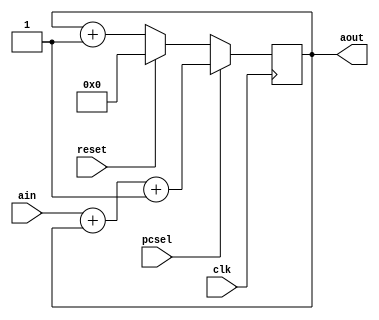
module pclogic(clk, reset, ain, aout, pcsel);

input reset;
input clk;
input [31:0] ain;
//pecsel = branch & zero
input pcsel;

output reg [31:0] aout;

always @(posedge clk ) begin
	if (reset==1)
		aout<=32'b0;
	else
		if (pcsel==0) begin
			aout<=aout+1;
		end
		if (pcsel==1) begin
			aout<=ain+aout+1; //branch
	end
end


endmodule